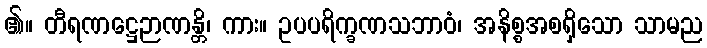
၏။ တီရဏဋ္ဌေဉာဏန္တိ၊ ကား။ ဥပပရိက္ခဏသဘာဝံ၊ အနိစ္စအစရှိသော သာမည